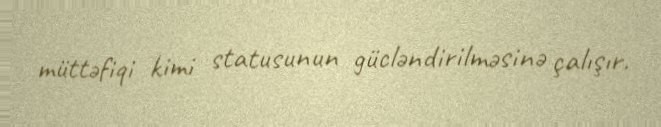
müttəfiqi kimi statusunun gücləndirilməsinə çalışır.